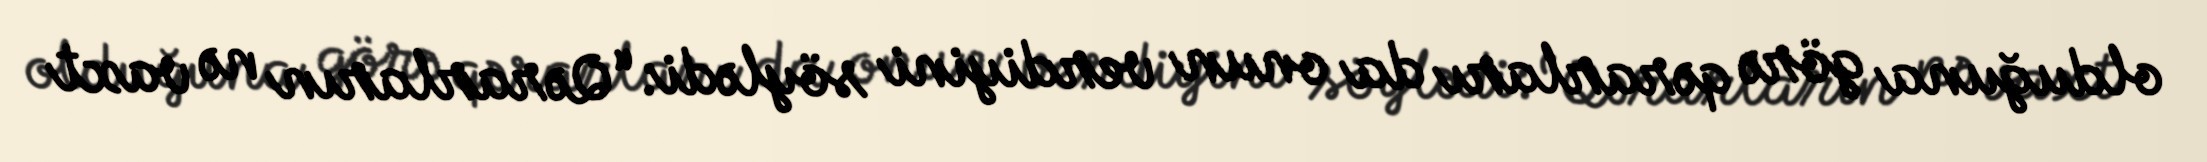
olduğuna görə qərarları da onun verdiyini söylədi: “Qərarların nə vaxt